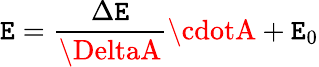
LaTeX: \mathtt{E}=\frac{{\Delta\mathtt{E}}}{{\DeltaA}}\cdotA+\mathtt{E}_{0}